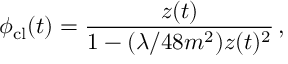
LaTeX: \phi _ { \mathrm { c l } } ( t ) = { \frac { z ( t ) } { 1 - ( \lambda / 4 8 m ^ { 2 } ) z ( t ) ^ { 2 } } } \, ,